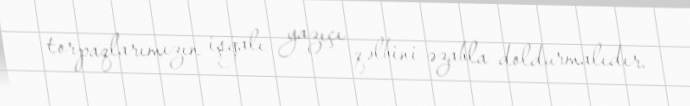
torpaqlarımızın işğalı yazıçı qəlbini əzabla doldurmalıdır.